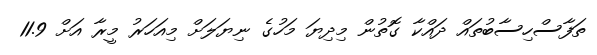
ތަފާސްހިސާބުތައް ދައްކާ ގޮތުން މިދިޔަ މަހުގެ ނިޔަލަށް މިއަހަރު މީރާ އަށް 11.9